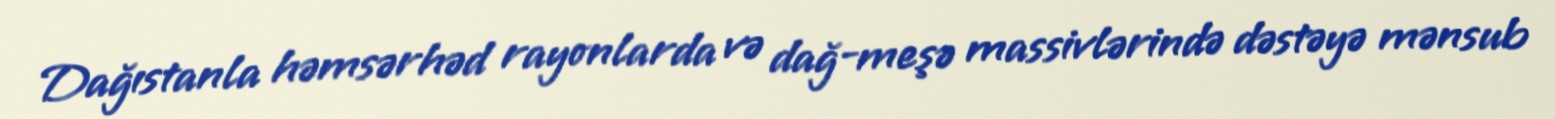
Dağıstanla həmsərhəd rayonlarda və dağ-meşə massivlərində dəstəyə mənsub